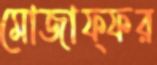
মোজাফ্ফর